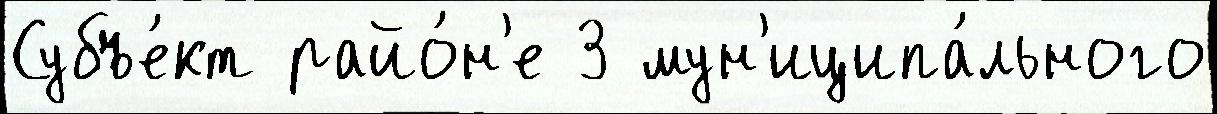
Субъе́кт райо́н'е 3 мун'иципа́льного